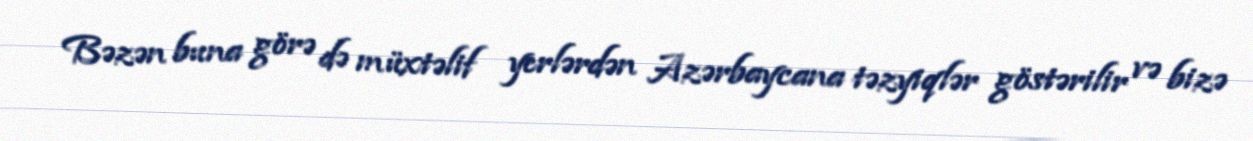
Bəzən buna görə də müxtəlif yerlərdən Azərbaycana təzyiqlər göstərilir və bizə